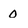
Character: 0